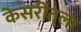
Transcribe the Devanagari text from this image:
केसरीतला